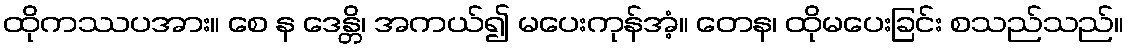
ထိုကဿပအား။ စေ န ဒေန္တိ၊ အကယ်၍ မပေးကုန်အံ့။ တေန၊ ထိုမပေးခြင်း စသည်သည်။